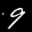
Label: 9